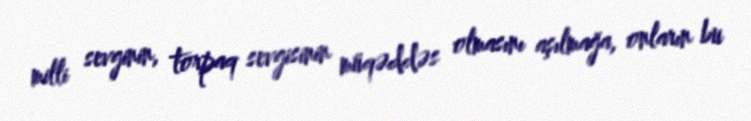
milli sevginin, torpaq sevgisinin müqəddəs olmasını aşılmağa, onların bu